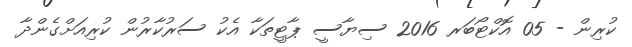
ކުރިން - 05 އޮކްޓޯބަރ 2016 ސިޔާސީ ޕާޓީތަކާ އެކު ސަރުކާރުން ކުރިއަށްގެންދާ